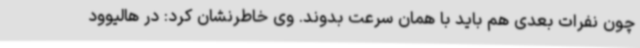
چون نفرات بعدی هم باید با همان سرعت بدوند. وی خاطرنشان کرد: در هالیوود